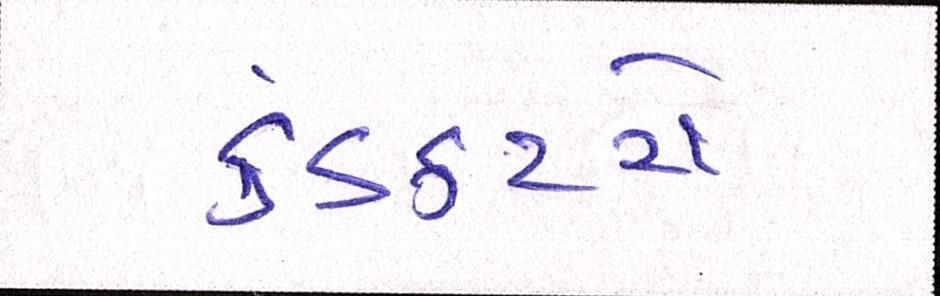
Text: કંડકટરો